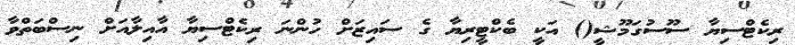
ރިކެޓްސިޔާ ސޫސުގަމޫޝީ() އަކީ ބެކްޓީރިޔާ ގެ ސައިޒަށް ހުންނަ ރިކެޓްސިޔާ އާއިލާއަށް ނިސްބަތްވާ